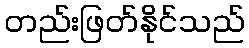
တည်းဖြတ်နိုင်သည်